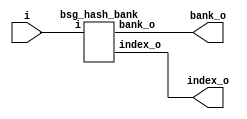


module top
(
  i,
  bank_o,
  index_o
);

  input [15:0] i;
  output [0:0] bank_o;
  output [15:0] index_o;

  bsg_hash_bank
  wrapper
  (
    .i(i),
    .bank_o(bank_o),
    .index_o(index_o)
  );


endmodule



module bsg_hash_bank
(
  i,
  bank_o,
  index_o
);

  input [15:0] i;
  output [0:0] bank_o;
  output [15:0] index_o;
  wire [0:0] bank_o;
  wire [15:0] index_o;
  assign bank_o[0] = 1'b0;
  assign index_o[15] = i[15];
  assign index_o[14] = i[14];
  assign index_o[13] = i[13];
  assign index_o[12] = i[12];
  assign index_o[11] = i[11];
  assign index_o[10] = i[10];
  assign index_o[9] = i[9];
  assign index_o[8] = i[8];
  assign index_o[7] = i[7];
  assign index_o[6] = i[6];
  assign index_o[5] = i[5];
  assign index_o[4] = i[4];
  assign index_o[3] = i[3];
  assign index_o[2] = i[2];
  assign index_o[1] = i[1];
  assign index_o[0] = i[0];

endmodule